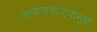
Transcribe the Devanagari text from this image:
पालापाचोळ्यामुळे